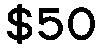
$50